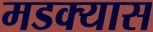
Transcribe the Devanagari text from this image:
मडक्यास